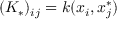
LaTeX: ( K _ { * } ) _ { i j } = k ( x _ { i } , x _ { j } ^ { * } )